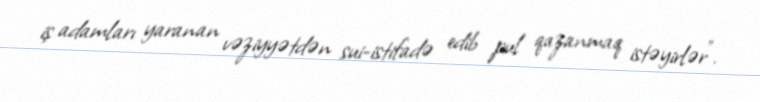
iş adamları yaranan vəziyyətdən sui-istifadə edib pul qazanmaq istəyirlər”.